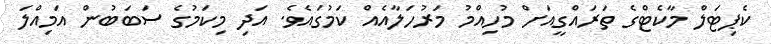
ކެޕިޓަލް މާކެޓްގެ ތަރައްގީއަށް މުހިއްމު މަރުހަލާއެއް ކަމުގައެވެ. އަދި މިކަމުގެ ސަބަބުން އަމިއްލަ